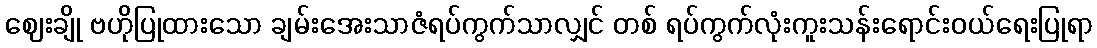
ဈေးချို ဗဟိုပြုထားသော ချမ်းအေးသာဇံရပ်ကွက်သာလျှင် တစ် ရပ်ကွက်လုံးကူးသန်းရောင်းဝယ်ရေးပြုရာ